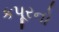
કપૂરનો